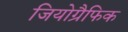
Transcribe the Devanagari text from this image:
जियोग्रैफिक